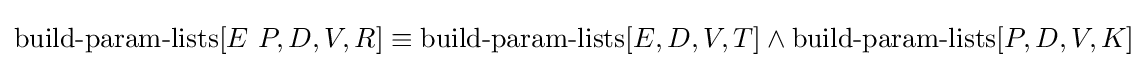
\operatorname {build-param-lists} [E\ P,D,V,R]\equiv \operatorname {build-param-lists} [E,D,V,T]\land \operatorname {build-param-lists} [P,D,V,K]